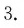
3.